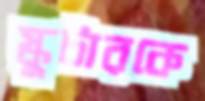
স্কুটারকে